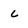
Character: L